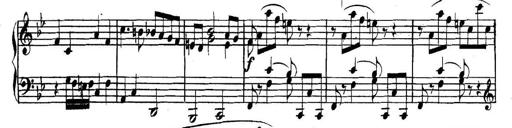
Title: Collected Piano Sonatas
Composer: Muzio Clementi